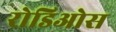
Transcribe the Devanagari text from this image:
रोडिओस